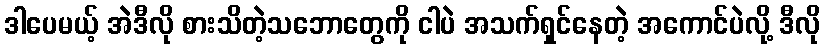
ဒါပေမယ့် အဲဒီလို စားသိတဲ့သဘောတွေကို ငါပဲ အသက်ရှင်နေတဲ့ အကောင်ပဲလို့ ဒီလို